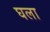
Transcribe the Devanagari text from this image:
घला